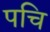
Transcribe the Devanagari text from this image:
पचि